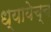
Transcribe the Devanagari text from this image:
ध्यायेच्च